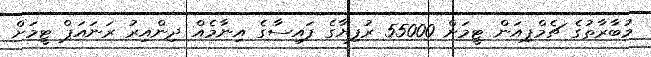
މުބާރާތުގެ ޗެމްޕިއަން ޓީމަށް 55000 ރުފިޔާގެ ފައިސާގެ އިނާމެއް ދިންއިރު ރަނައަޕް ޓީމަށް